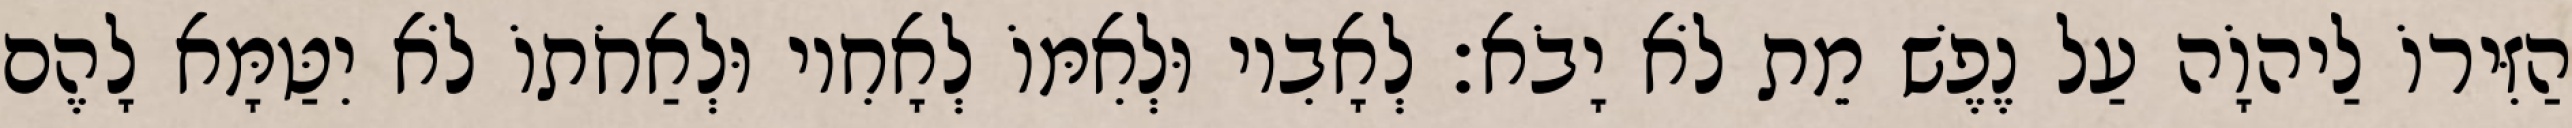
הַזִּירוֹ לַיהוָֹה עַל נֶפֶשׁ מֵת לֹא יָבֹא׃ לְאָבִיו וּלְאִמּוֹ לְאָחִיו וּלְאַחֹתוֹ לֹא יִטַּמָּא לָהֶם